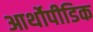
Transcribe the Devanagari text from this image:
आर्थोपीडिक